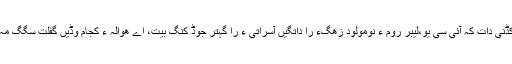
آہاں کڈنی دات کہ آئی سی یو،لیبر روم ءُُ نومولود زھگءَ را داتگیں آسراتی ءَ را گہتر جوڈ کنگ بیت، اے ھوالہ ءَ کجام وڈیں گفلت سگگ مہ بیت۔